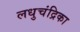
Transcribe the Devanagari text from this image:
लधुचंद्रिका